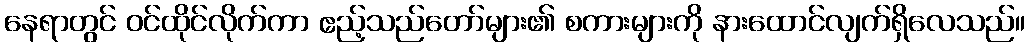
နေရာတွင် ဝင်ထိုင်လိုက်ကာ ဧည့်သည်တော်များ၏ စကားများကို နားထောင်လျက်ရှိလေသည်။